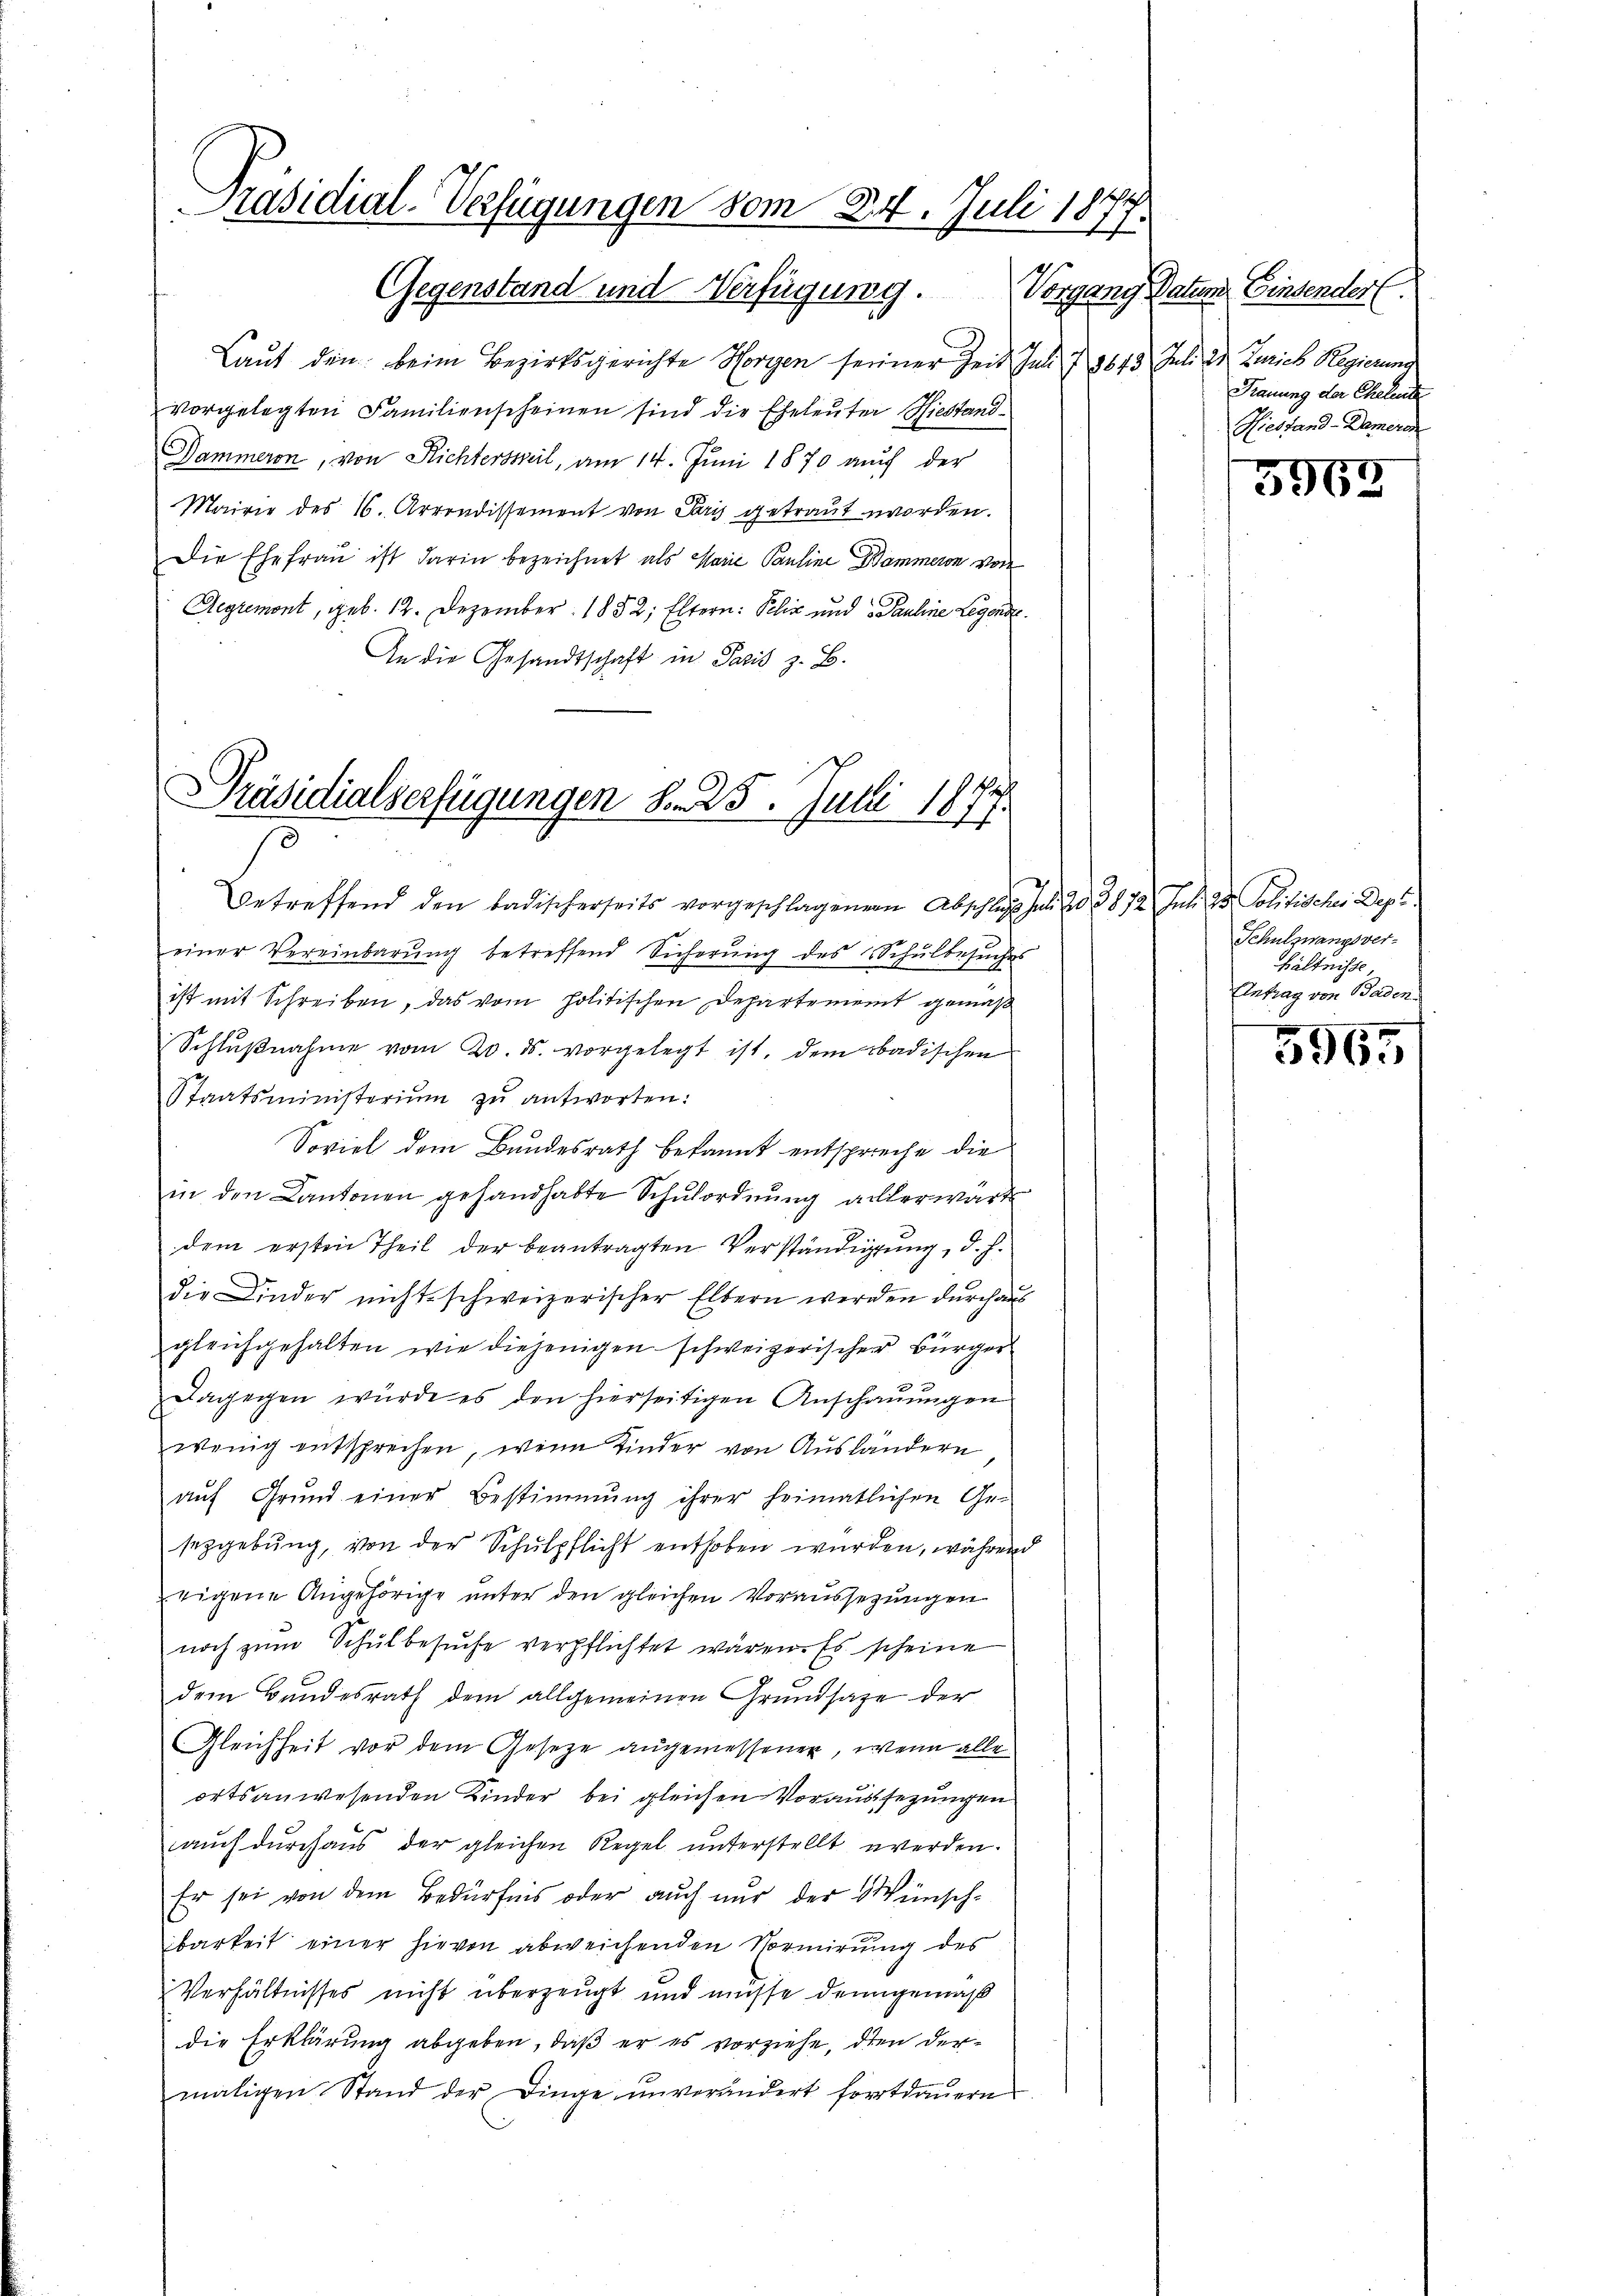
Präsidial-Verfügungen vom 24. Juli 1877
Gegenstand und Verfügung. Vorgang Datum Eindender.

Laut den beim Bezirksgerichte Horgen seiner Zeit Juli § 3643 Juli 2 Zürich Regierung
vorgelegten Familienscheinen sind die Eheleuter Hiestand¬
Hammeron, von Richtersteil, am 14. Juni 1870 auch der
Mairie des 16. Arrondissement von Paris getraut worden.
Die Ehefrau ist darin bezeichnet als Marie Pauline Dämmeron von
Aegremont, geb. 12. Dezember 1852; Eltern: Pelix und Pauline Legende
An die Gesandtschaft in Paris z. B.

Präsidialserfügungen S. 25. Julii 1877.

Trauung der Eheleute
Hiestand -Damera

betreffend den badischerseits vorgeschlagenen Abschlag hat. 20. 3872 Juli 28. Politisches Dept
einer Vereinbarŭng betreffend Sicherŭng des Schulbesŭches
ist mit Schreiben, das vom politischen Departement gemäß
Schlŭβnahme vom 20. ds. vorgelegt ist, dem badischen
Staatsministerium zu antworten:
Soviel dem Bundesrath bekannt entspreche die
in den Cantonen gehandhabte Schulordnŭng allerwärt
dem ersten Theil der beantragten Verständigŭng, d. h.
die Kinder nichtsschweizerischer Eltern werden durchaus
gleichgehalten wie diejenigen schweizerischer Bürger
Dagegen würde es den hierseitigen Anschauungen
wenig entsprechen, wenn Kinder von Ausländern
auf Grund einer Bestimmung ihrer heimatlichen Ge-
sezgebung, von der Schulpflicht enthoben wurden, während
eigene Angehörige unter den gleichen Voraussezungen
noch zum Schulbesŭche verpflichtet wären. Es scheine
dem Bundesrath dem allgemeinen Grundsatze der
Gleichheit vor dem Gesetze angemessener, wenn alle
ortsanwesenden Kinder bei gleichen Voraussezungen
auch durchaus der gleichen Regel unterstellt werden.
Er sei von dem Bedürfnis oder auch nur der Wünsch-
barkeit einer hievon abweichenden Vormirung des
Verhältnisses nicht überzeugt und müsse denn gemäß
die Erklärung abgeben, daß er es vorziehe, dien dermaligen Stand der Dinge unverändert fortdauern

5965

Schulzwangsver-
hältnisse
Antrag von Baden.

5965